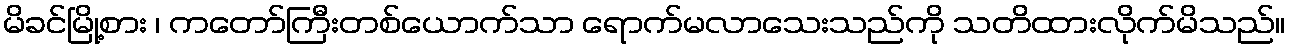
မိခင်မြို့စား ၊ ကတော်ကြီးတစ်ယောက်သာ ရောက်မလာသေးသည်ကို သတိထားလိုက်မိသည်။